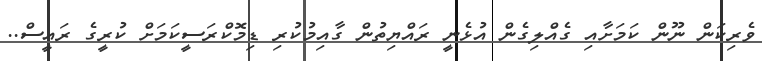
ވެރިކަން ނޫން ކަމަށާއި ގެއްލިގެން އުޅެނީ ރައްޔިތުން ގާއިމުކުރި ޑިމޮކްރަސީކަމަށް ކުރީގެ ރައީސް..